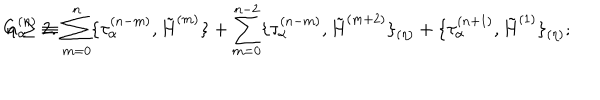
G _ { \alpha } ^ { ( n ) } \equiv \sum _ { m = 0 } ^ { n } \{ \tau _ { \alpha } ^ { ( n - m ) } , \tilde { H } ^ { ( m ) } \} + \sum _ { m = 0 } ^ { n - 2 } \{ \tau _ { \alpha } ^ { ( n - m ) } , \tilde { H } ^ { ( m + 2 ) } \} _ { ( \eta ) } + \{ \tau _ { \alpha } ^ { ( n + 1 ) } , \tilde { H } ^ { ( 1 ) } \} _ { ( \eta ) } ; \hspace { 0 . 5 c m } n \geq 2 .